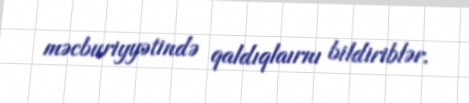
məcburiyyətində qaldıqlaırnı bildiriblər.